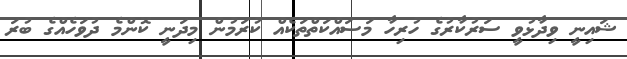
ޝައިނީ ވިދާޅުވީ ސަރުކާރުގެ ހުރިހާ މަސައްކަތްތަކެއް ކުރަމުން މިދަނީ ކޮންމެ ދުވަހެއްގެ ބުރަ